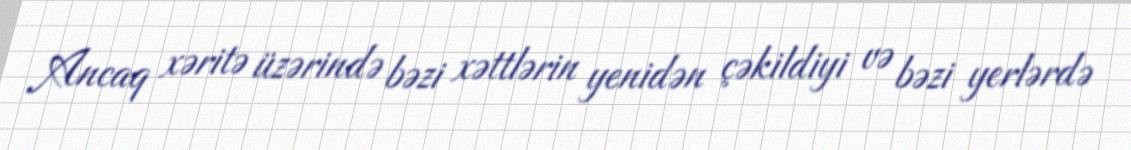
Ancaq xəritə üzərində bəzi xəttlərin yenidən çəkildiyi və bəzi yerlərdə